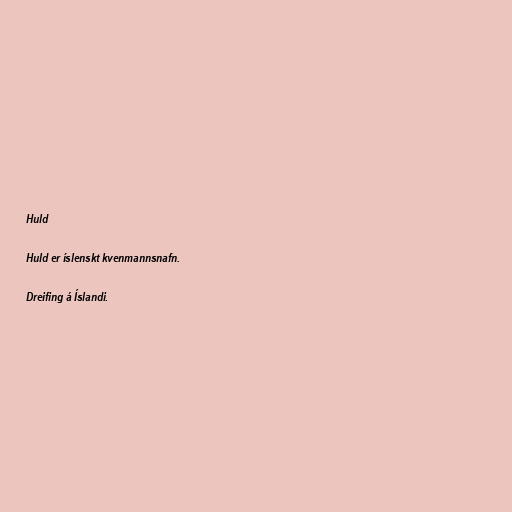
Huld

Huld er íslenskt kvenmannsnafn.

Dreifing á Íslandi.